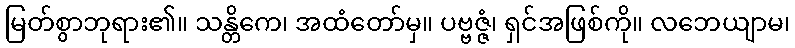
မြတ်စွာဘုရား၏။ သန္တိကေ၊ အထံတော်မှ။ ပဗ္ဗဇ္ဇံ၊ ရှင်အဖြစ်ကို။ လဘေယျာမ၊